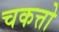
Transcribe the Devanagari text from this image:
चकत्तो